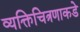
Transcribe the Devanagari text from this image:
व्यक्तिचित्रणाकडे